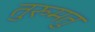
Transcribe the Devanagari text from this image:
तुरुमतु